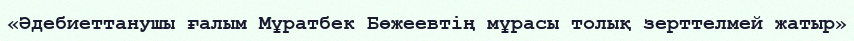
«Әдебиеттанушы ғалым Мұратбек Бөжеевтің мұрасы толық зерттелмей жатыр»